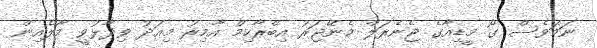
ނަމަވެސް ގޯ މީޑިއާގެ ޖެނެރަލް މެނޭޖަރު އިބްރާހިމް އާމިރު މިއަދު ވިދާޅުވީ މާލެއިން